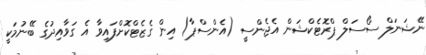
ނޭޝަނަލް ސޯސަލް ޕްރޮޓެކްޝަން އެޖެންސީ (އެންސްޕާ) އިން ގެޒެޓްކޮށްފައިވާ އެ ގަވާއިދުގެ ބޭނުމަކީ